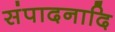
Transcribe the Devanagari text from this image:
संपादनादि